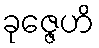
ခုဇ္ဇေဟိ